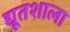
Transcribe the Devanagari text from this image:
द्यूतशाला